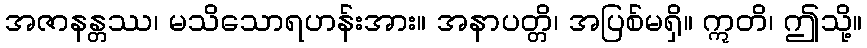
အဇာနန္တဿ၊ မသိသောရဟန်းအား။ အနာပတ္တိ၊ အပြစ်မရှိ။ ဣတိ၊ ဤသို့။